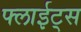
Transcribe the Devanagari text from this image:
फ्लाईट्स